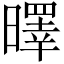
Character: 曎